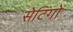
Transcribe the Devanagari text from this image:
सेटिंगों